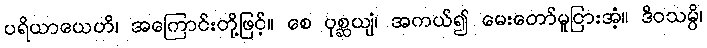
ပရိယာယေဟိ၊ အကြောင်းတို့ဖြင့်။ စေ ပုစ္ဆယျံ၊ အကယ်၍ မေးတော်မူငြားအံ့။ ဒိဝသမ္ပိ၊